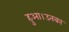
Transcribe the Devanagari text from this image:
हुआ।उनका